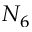
N _ { 6 }